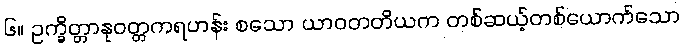
၆။ ဥက္ခိတ္တာနုဝတ္တကရဟန်း စသော ယာဝတတိယက တစ်ဆယ့်တစ်ယောက်သော